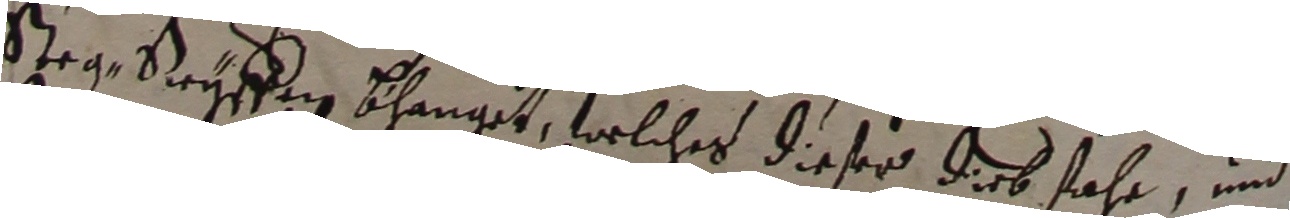
Steg reyffin bhanget, welches dieser dirb fahr und